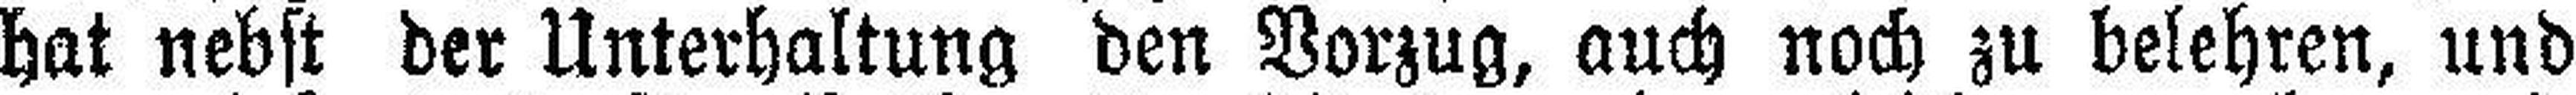
hat nebst der Unterhaltung den Vorzug, auch noch zu belehren, und